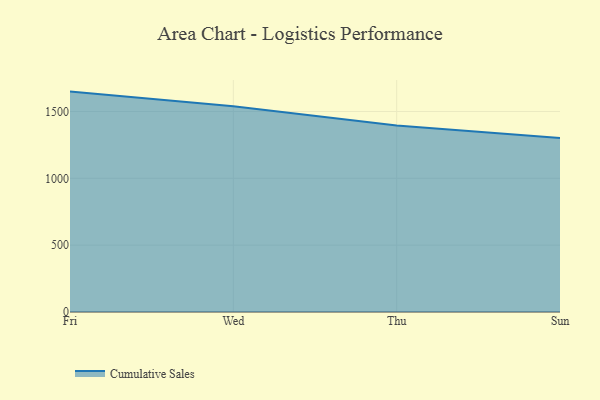
{"axis": {"x": "Day", "y": "Conversion Rate (%)"}, "legend": ["Cumulative Sales"], "data": [{"x": "Fri", "y": 1648.6, "type": "Cumulative Sales"}, {"x": "Wed", "y": 1538.8, "type": "Cumulative Sales"}, {"x": "Thu", "y": 1394.4, "type": "Cumulative Sales"}, {"x": "Sun", "y": 1300.7, "type": "Cumulative Sales"}]}